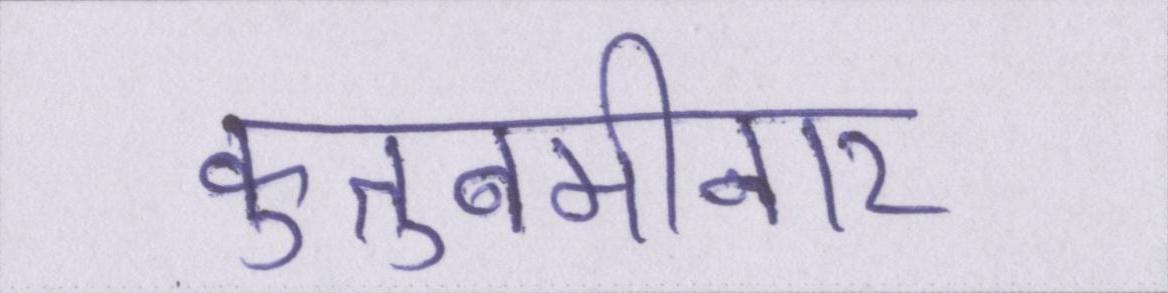
कुतुबमीनार